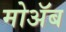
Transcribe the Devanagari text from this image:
मोॲब